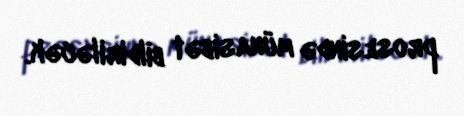
prosesində münasibət bildiriləcək.